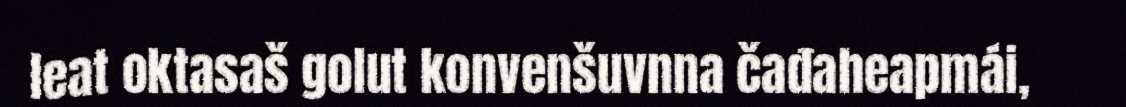
leat oktasaš golut konvenšuvnna čađaheapmái,